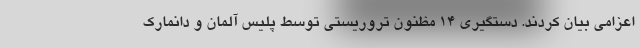
اعزامی بیان کردند. دستگیری ۱۴ مظنون تروریستی توسط پلیس آلمان و دانمارک